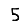
Digit: 5